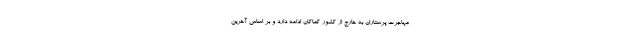
مهاجرت پرستاران به خارج از کشور کماکان ادامه دارد و بر اساس آخرین